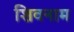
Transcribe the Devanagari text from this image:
शिवनाम